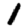
Digit: 1